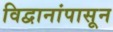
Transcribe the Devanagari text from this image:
विद्वानांपासून